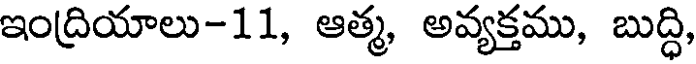
ఇంద్రియాలు-11, ఆత్మ, అవ్యక్తము, బుద్ధి,